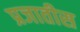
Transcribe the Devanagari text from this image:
प्रजातीस